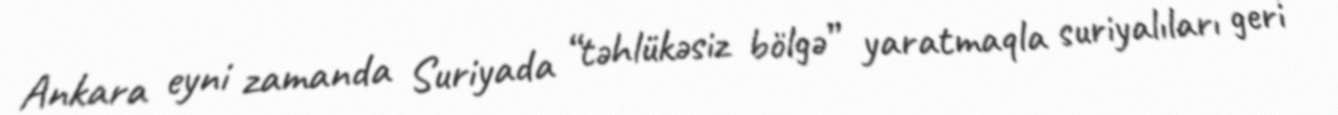
Ankara eyni zamanda Suriyada “təhlükəsiz bölgə” yaratmaqla suriyalıları geri